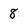
Character: 8